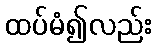
ထပ်မံ၍လည်း